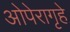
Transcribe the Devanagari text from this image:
ओपेरागृहे